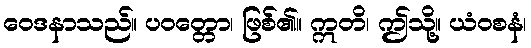
ဝေဒနာသည်။ ပဝတ္တော၊ ဖြစ်၏။ ဣတိ၊ ဤသို့။ ယံဝစနံ၊